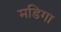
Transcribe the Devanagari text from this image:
मडिगा